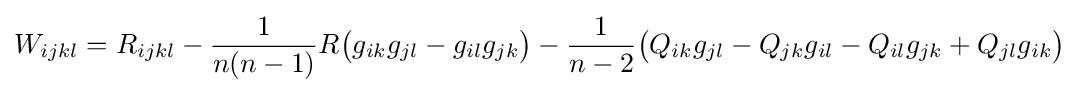
W_{ijkl}=R_{ijkl}-{\frac {1}{n(n-1)}}R{\big (}g_{ik}g_{jl}-g_{il}g_{jk}{\big )}-{\frac {1}{n-2}}{\big (}Q_{ik}g_{jl}-Q_{jk}g_{il}-Q_{il}g_{jk}+Q_{jl}g_{ik}{\big )}